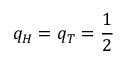
q _ { H } = q _ { T } = \frac { 1 } { 2 }